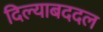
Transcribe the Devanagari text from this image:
दिल्याबददल